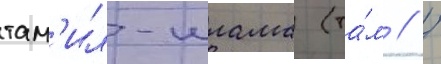
там'ил-илама (та́м // /